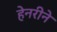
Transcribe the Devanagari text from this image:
हेनरीने